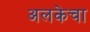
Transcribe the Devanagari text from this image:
अलकेचा